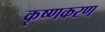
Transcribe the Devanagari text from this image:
कृष्णकरण